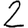
Digit: 2